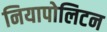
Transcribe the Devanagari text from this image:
नियापोलिटन